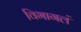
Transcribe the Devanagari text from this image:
विभागलं